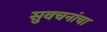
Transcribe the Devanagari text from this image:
सुवचनांचा